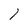
Character: 1